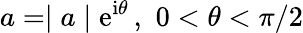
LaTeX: a=\mid a\mid\mathrm{e}^{\mathrm{i}\theta}\, ,\, \, 0<\theta<\pi/2